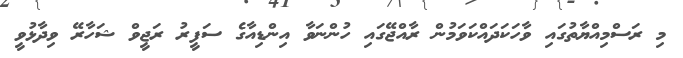
މި ރަސްމިއްޔާތުގައި ވާހަކަދައްކަވަމުން ރާއްޖޭގައި ހުންނަވާ އިންޑިއާގެ ސަފީރު ރަޖީވް ޝަހާރޭ ވިދާޅުވީ